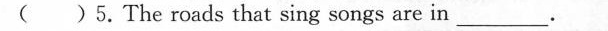
( )5.The roads that sing songs are in___